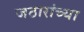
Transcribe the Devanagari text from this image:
जठारांच्या